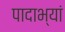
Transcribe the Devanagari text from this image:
पादाभ्यां